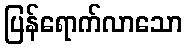
ပြန်ရောက်လာသော